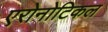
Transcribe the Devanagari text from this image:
एरोनोटिकल